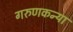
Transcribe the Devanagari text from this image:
गरुणकन्या